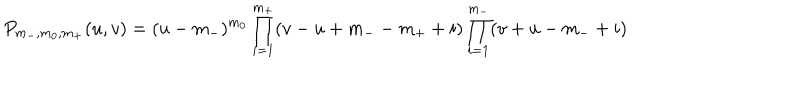
P _ { m _ { - } , m _ { 0 } , m _ { + } } ( u , v ) = ( u - m _ { - } ) ^ { m _ { 0 } } \prod _ { i = 1 } ^ { m _ { + } } ( v - u + m _ { -- } m _ { + } + i ) \prod _ { i = 1 } ^ { m _ { - } } ( v + u - m _ { - } + i )